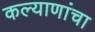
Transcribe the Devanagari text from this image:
कल्याणांचा